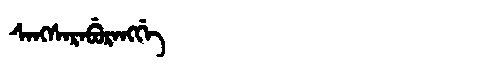
Manchu: ᠰᠠᠩᠰᠠᡵᠠᠪᡠᡵᠠᠩᡤᡝ
Romanization: SANGSARABURANGGE